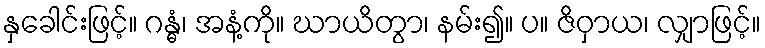
နှခေါင်းဖြင့်။ ဂန္ဓံ၊ အနံ့ကို။ ဃာယိတွာ၊ နမ်း၍။ ပ။ ဇိဝှာယ၊ လျှာဖြင့်။